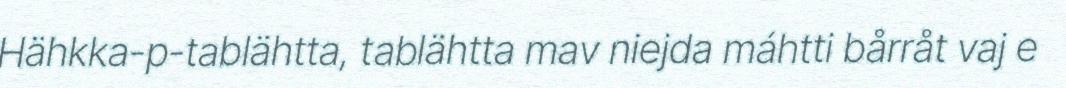
Hähkka-p-tablähtta, tablähtta mav niejda máhtti bårråt vaj e